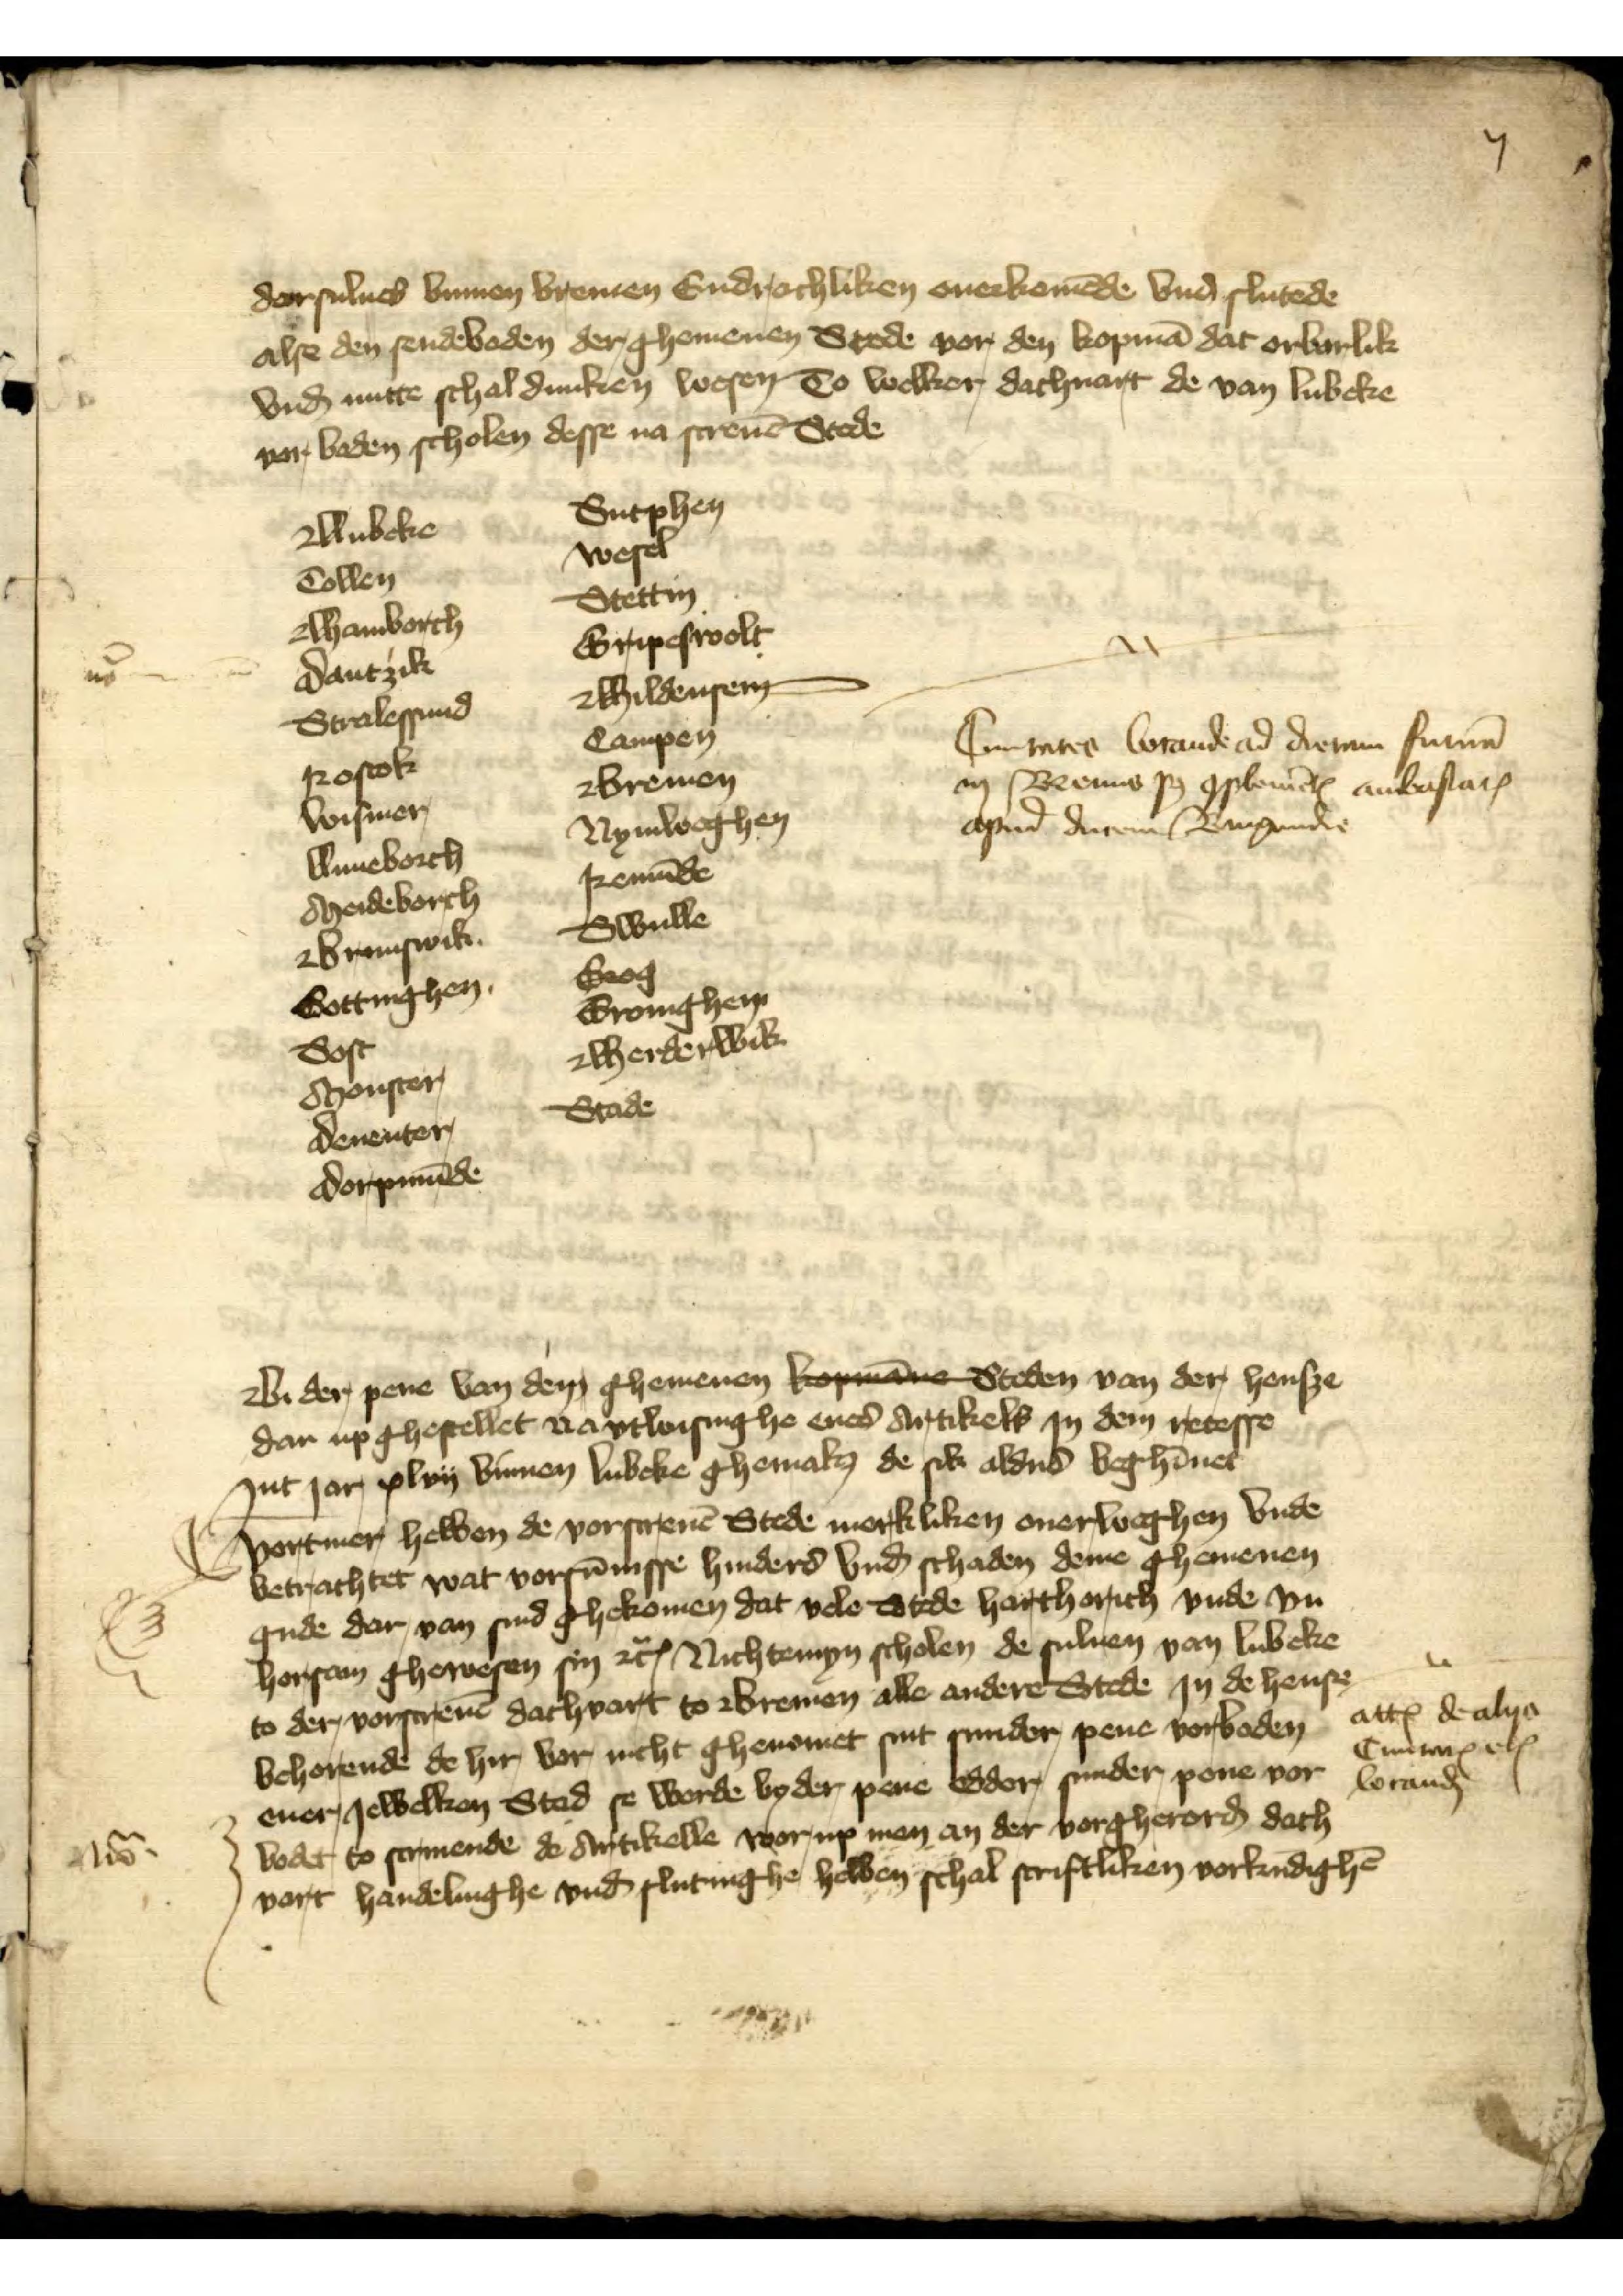
ij

darsulues binnen Bremen Endrachliken ouerkomēde vnd slutede
alse den sendebaden der ghemenen Stede vor den kopma dat orbarlik

vnd nutte schal duncken wesen To welker dachuart de van Lubeke
vorboden scholen desse na screuē Stede
Sutphen
Lubeke
Wesel
Collen
Stettin
Hamborch
Gripeswolt

Dantzick
Hildensem
Stralessund
Campen
Rostok
Bremen
Wismer
Nymweghen
Luneborch
Remunde
Meideborch
Swulle
Brunswik
Grog
Gottinghen
Gronininghem
Herderwik
Sost
Monster
Stade
Deuenter
Dorpmunde

Ciuitates locande ad dietam futurā
in Bremis p 9plemetx ambassatꝬ
apud ducem Burgundie

nỏ

Bi der pene van dem ghemenen kopmāne Steden van der hansze
dar up ghesellet na vtloisinghe enes Artikels Jn dem recesse

Jnt Jar xlvij binnen Lubeke ghemakꝬ de sik aldus beghỉnet
Vortmer hebben de vorscreuē Stede merkliken overlochgen vnde
betrachtet wat vorsūnisse hinders und̄ schaden deme ghemenen

gude dar van sind ghekomen dat vele Stede harthorich vnde vn¬
horsam ghewesen sin 2cꝬ Nichtemyn scholen de suluen van Lubeke

to der vorscreuē dachvart to Bremen alle andere Stede Jn de hensze
behorende de hir vor nicht ghenometsint sunder pene vorboden
locan
ener Jewelken Stad se worde by der pene edder sunder pene vor¬
bodt to scriuende de Artikelle worup man an der vorgherord dach¬
vart handelinghe vn slutinghe hebben schal scriftliken vorkūdighē

nota

attꝬ de alijs
CiuitatꝬ etx